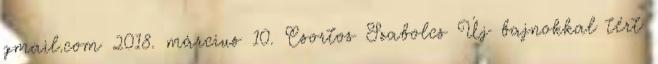
gmail.com 2018. március 10. Csortos Szabolcs Új bajnokkal tért